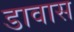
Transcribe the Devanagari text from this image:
डावास